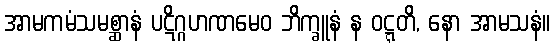
အာမကမံသမစ္ဆာနံ ပဋိဂ္ဂဟဏမေဝ ဘိက္ခူနံ န ဝဋ္ဋတိ, နော အာမသနံ။